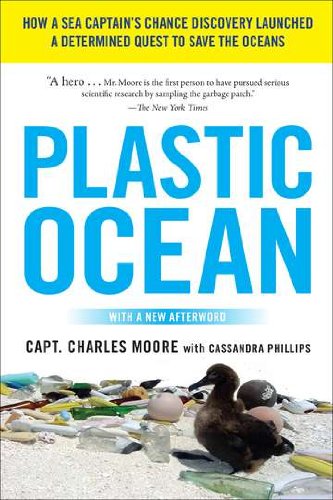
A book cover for Plastic Ocean: How a Sea Captain's Chance Discovery Launched a Determined Quest to Save the Oce ans; Charles Moore; Science & Math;